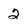
Character: 2